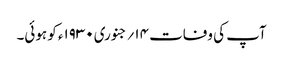
آپ کی وفات ۱۴؍جنوری ۱۹۳۰ء کو ہوئی۔